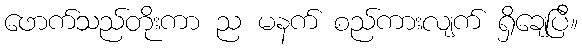
ဖောက်သည်တိုးကာ ည မနက် စည်ကားလျက် ရှိချေပြီ။